Report on the administration of the Government Cinchona Department 1892-98
Year: 1892
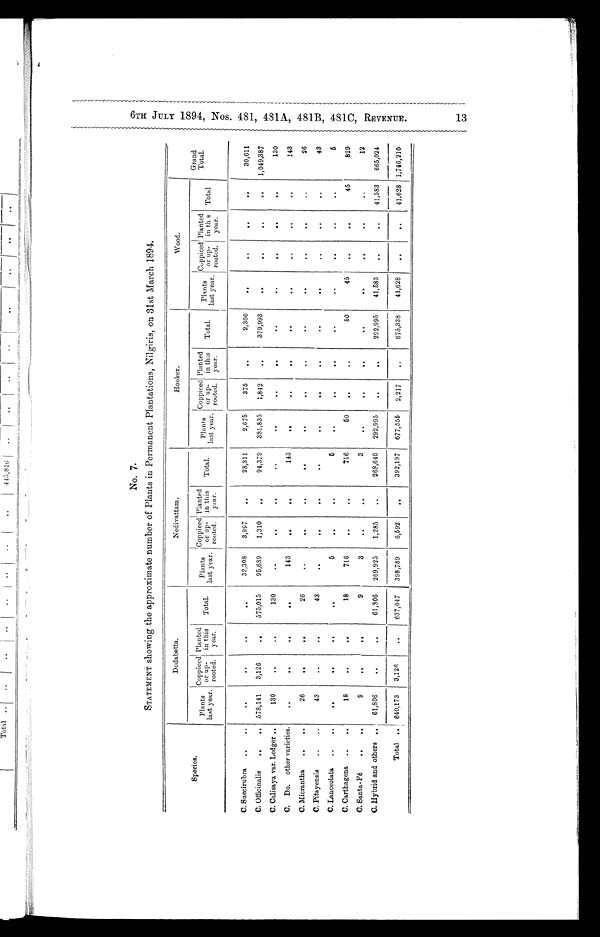
6TH JULY 1894, Nos. 481, 481A, 481B, 481C, RECENUE. 13
No. 7.
STATEMENT showing the approximate number of Plants in Permanent Plantations, Nilgiris, on 31st March 1894.
Species.
Dodabetta.
Nedivattam.
Hooker.
Wood.
Grand
Tot al .
Plants
last year.
C o p p i c e d o r u p - r o o t e d .
Planted
in this
year.
Total.
Plants
last year.
Coppiced
or up-
routed.
Planted
in this
year.
Total.
Plant
last year.
Coppiced
or up-
rooted.
Planted
in this
year.
Total.
Plants
last year. Coppiced or up-
rooted.
Planted
in this
year.
Total
C. Succirubra
..
..
..
..
..
. . 32,308
3,997
..
28,311
2,675
375
..
2,300
. .
..
..
. .
30,611
C. Officinalis
..
..
578,141
3,126
..
575,015
95,689
1,310
. .
94,379
381,835
1,842
..
379,993
. .
. .
. .
. . 1,049,387
C. Calisaya var. Ledger . .
130
. .
..
130
. .
. .
. .
..
. .
..
..
..
..
..
. .
..
130
C. Do. other varieties.
. .
..
..
. .
143
. .
..
143
. .
. .
. .
. .
. .
..
..
. .
143
C. Micrantha
..
..
26
. .
..
26
..
.
. .
. .
. .
. .
. .
. .
. .
. .
. .
. .
26
C. Pitayensis
..
..
43
..
. .
43
..
. .
..
..
. .
. .
. .
. .
. .
..
. .
. .
4 3
C. Lanceolata
..
..
..
..
..
..
5
. .
. .
5
. .
. .
. .
. .
..
. .
..
..
5
C. Carthagena ..
18
..
..
18
716
. .
. .
716
50
..
. .
50
45
. .
..
45
829
C. Santa-Fé
..
..
9
..
..
9
3
..
• .
3
. .
. .
. .
. .
. .
. .
..
. .
12
C. Hybrid and others
6 1 , 8 0 6
. .
. .
61,806
269,925
1,285
..
268,640
292,995
..
..
292,995
41,583
..
. .
41,583
665,024
Total
. .
640,173
3,126
. .
637,047
398,789
6,592
. .
392,197
677,555
2,217
..
675,338
41,628
. .
..
41,628 1,746,210
1-4
N
CO
O
w
FP,
cA
td
Co
1.4n
CX)
GO
C.D
1-,
CA.D